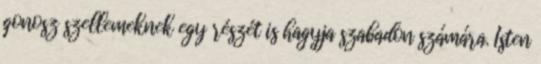
gonosz szellemeknek egy részét is hagyja szabadon számára. Isten